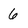
Character: 6